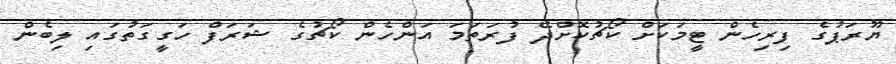
ޔޫރަޕުގެ ފިރިހެން ޓީމަކަށް ކޯޗުކޮށްދޭ ފުރަތަމަ އަންހެން ކޯޗުގެ ޝަރަފް ހަގީގަތުގައި ލިބެން